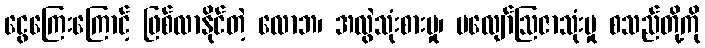
ငွေကြေးကြောင့် ဖြစ်လာနိုင်တဲ့ လောဘ၊ အလွဲသုံးစားမှု၊ မလျော်ဩဇာသုံးမှု စသည်တို့ကို